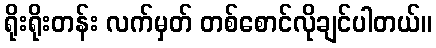
ရိုးရိုးတန်း လက်မှတ် တစ်စောင်လိုချင်ပါတယ်။